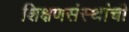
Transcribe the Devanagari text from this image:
शिक्षणसंस्थांची